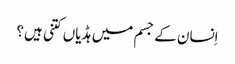
اِنسان کے جسم میں ہڈیاں کتنی ہیں؟